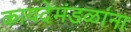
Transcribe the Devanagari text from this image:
कायदेमंडळांना